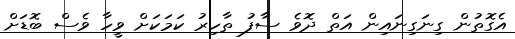
އެގޮތުން ގިނަގިނައިން އަތް ދޮވެ ސާފު ތާހިރު ކަމަކަށް ވީހާ ވެސް ބޮޑަށް